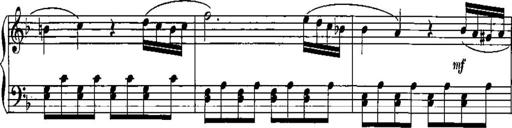
Title: Trois sonatines
Composer: Maurice Emmanuel